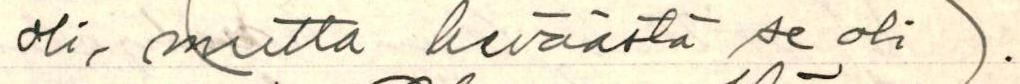
oli, mutta keväästä se oli)